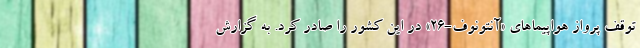
توقف پرواز هواپیماهای «آنتونوف-۲۶» در این کشور را صادر کرد. به گزارش